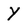
Character: Y